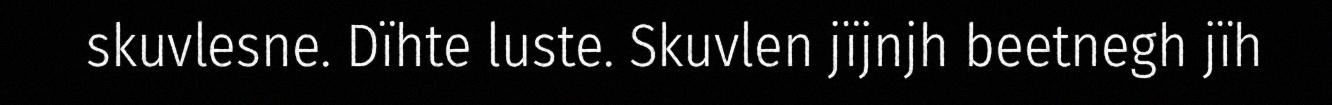
skuvlesne. Dïhte luste. Skuvlen jïjnjh beetnegh jïh